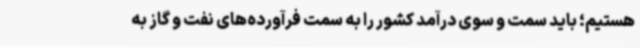
هستیم؛ باید سمت و سوی درآمد کشور را به سمت فرآورده‌های نفت و گاز به